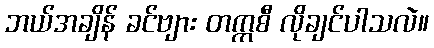
ဘယ်အချိန် ခင်ဗျား တက္ကစီ လိုချင်ပါသလဲ။